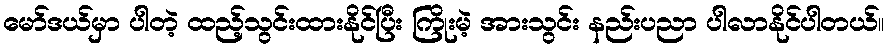
မော်ဒယ်မှာ ပါတဲ့ ထည့်သွင်းထားနိုင်ပြီး ကြိုးမဲ့ အားသွင်း နည်းပညာ ပါလာနိုင်ပါတယ်။